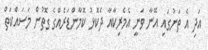
އަދި އެ ތަނުގައި އޭނާ ވަނީ އެމެރިކާއާ ދެކޮޅު ކޮމާންޑަރެއްގެ ގޮތުން މަސައްކަތް